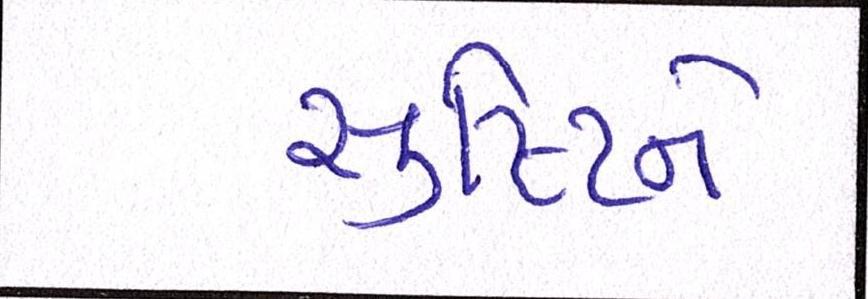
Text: સૃષ્ટિને